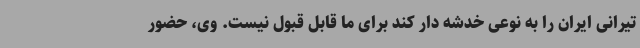
تیرانی ایران را به نوعی خدشه دار کند برای ما قابل قبول نیست. وی، حضور